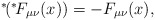
\begin{align*}\mbox{\mbox{}$^*\!$} (\mbox{\mbox{}$^*\!$} F_{\mu\nu}(x)) = - F_{\mu\nu}(x),\end{align*}